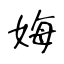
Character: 娒